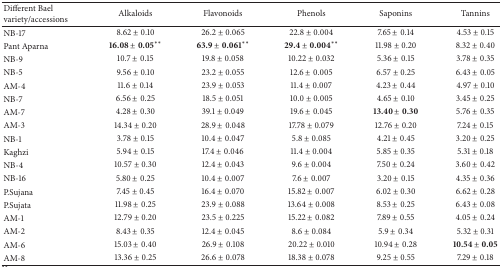
<table><thead><tr><td><b>Different Bael variety/accessions</b></td><td><b>Alkaloids</b></td><td><b>Flavonoids</b></td><td><b>Phenols</b></td><td><b>Saponins</b></td><td><b>Tannins</b></td></tr></thead><tbody><tr><td>NB-17</td><td>8.62 ± 0.10</td><td>26.2 ± 0.065</td><td>22.8 ± 0.004</td><td>7.65 ± 0.14</td><td>4.53 ± 0.15</td></tr><tr><td>Pant Aparna</td><td>16.08 ± 0.05**</td><td>63.9 ± 0.061**</td><td>29.4 ± 0.004**</td><td>11.98 ± 0.20</td><td>8.32 ± 0.40</td></tr><tr><td>NB-9</td><td>10.7 ± 0.15</td><td>19.8 ± 0.058</td><td>10.22 ± 0.032</td><td>5.36 ± 0.15</td><td>3.78 ± 0.35</td></tr><tr><td>NB-5</td><td>9.56 ± 0.10</td><td>23.2 ± 0.055</td><td>12.6 ± 0.005</td><td>6.57 ± 0.25</td><td>6.43 ± 0.05</td></tr><tr><td>AM-4</td><td>11.6 ± 0.14</td><td>23.9 ± 0.053</td><td>11.4 ± 0.007</td><td>4.23 ± 0.44</td><td>4.97 ± 0.10</td></tr><tr><td>NB-7</td><td>6.56 ± 0.25</td><td>18.5 ± 0.051</td><td>10.0 ± 0.005</td><td>4.65 ± 0.10</td><td>3.45 ± 0.25</td></tr><tr><td>AM-7</td><td>4.28 ± 0.30</td><td>39.1 ± 0.049</td><td>19.6 ± 0.045</td><td>13.40 ± 0.30</td><td>5.76 ± 0.35</td></tr><tr><td>AM-3</td><td>14.34 ± 0.20</td><td>28.9 ± 0.048</td><td>17.78 ± 0.079</td><td>12.76 ± 0.20</td><td>7.24 ± 0.15</td></tr><tr><td>NB-1</td><td>3.78 ± 0.15</td><td>10.4 ± 0.047</td><td>5.8 ± 0.085</td><td>4.21 ± 0.45</td><td>3.20 ± 0.25</td></tr><tr><td>Kaghzi</td><td>5.94 ± 0.15</td><td>17.4 ± 0.046</td><td>11.4 ± 0.004</td><td>5.85 ± 0.35</td><td>5.31 ± 0.18</td></tr><tr><td>NB-4</td><td>10.57 ± 0.30</td><td>12.4 ± 0.043</td><td>9.6 ± 0.004</td><td>7.50 ± 0.24</td><td>3.60 ± 0.42</td></tr><tr><td>NB-16</td><td>5.80 ± 0.25</td><td>10.4 ± 0.007</td><td>7.6 ± 0.007</td><td>3.20 ± 0.15</td><td>4.35 ± 0.36</td></tr><tr><td>P.Sujana</td><td>7.45 ± 0.45</td><td>16.4 ± 0.070</td><td>15.82 ± 0.007</td><td>6.02 ± 0.30</td><td>6.62 ± 0.28</td></tr><tr><td>P.Sujata</td><td>11.98 ± 0.25</td><td>23.9 ± 0.088</td><td>13.64 ± 0.008</td><td>8.53 ± 0.25</td><td>6.43 ± 0.08</td></tr><tr><td>AM-1</td><td>12.79 ± 0.20</td><td>23.5 ± 0.225</td><td>15.22 ± 0.082</td><td>7.89 ± 0.55</td><td>4.05 ± 0.24</td></tr><tr><td>AM-2</td><td>8.43 ± 0.35</td><td>12.4 ± 0.045</td><td>8.6 ± 0.084</td><td>5.9 ± 0.34</td><td>5.32 ± 0.31</td></tr><tr><td>AM-6</td><td>15.03 ± 0.40</td><td>26.9 ± 0.108</td><td>20.22 ± 0.010</td><td>10.94 ± 0.28</td><td>10.54 ± 0.05</td></tr><tr><td>AM-8</td><td>13.36 ± 0.25</td><td>26.6 ± 0.078</td><td>18.38 ± 0.078</td><td>9.25 ± 0.55</td><td>7.29 ± 0.18</td></tr></tbody></table>